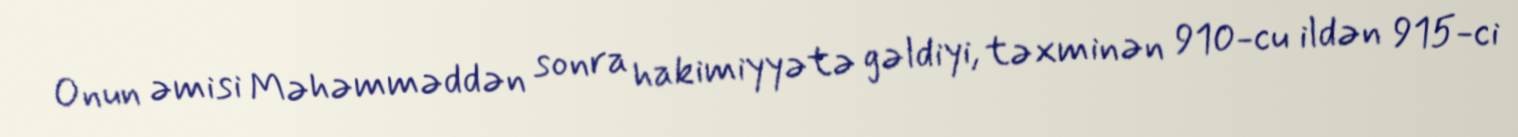
Onun əmisi Məhəmməddən sonra hakimiyyətə gəldiyi, təxminən 910-cu ildən 915-ci